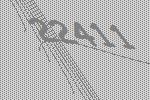
22411